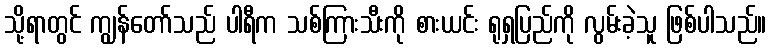
သို့ရာတွင် ကျွန်တော်သည် ပါရီက သစ်ကြားသီးကို စားယင်း ရုရှပြည်ကို လွမ်းခဲ့သူ ဖြစ်ပါသည်။